Vaccine operations Central Provinces & Berar 1922-1929 - 1922-1929
Year: 1922
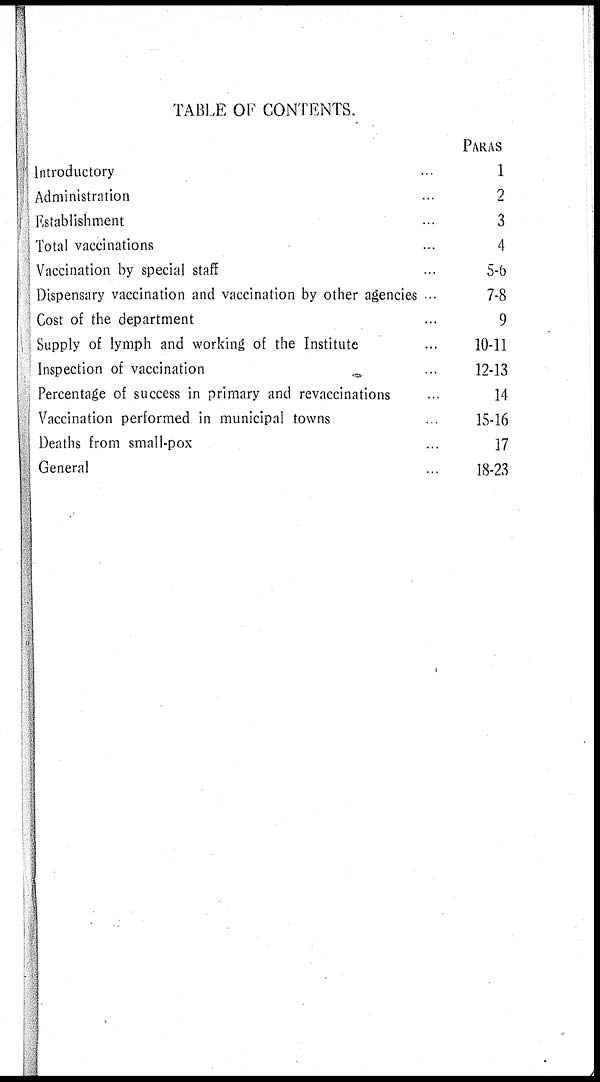
TABLE OF CONTENTS.
Introductory ...
Administration ...
Establishment ...
Total vaccinations ...
Vaccination by special staff
Dispensary vaccination and vaccination by other agencies ..
Cost of the department ...
Supply of lymph and working of the Institute ...
Inspection of vaccination ...
Percentage of success in primary and revaccinations ...
Vaccination performed in municipal towns ...
Deaths from small-pox ...
General ...
PARAS
1
2
3
4
5-6
7-8
9
10-11
12-13
14
15-16
17
18-23